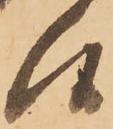
候